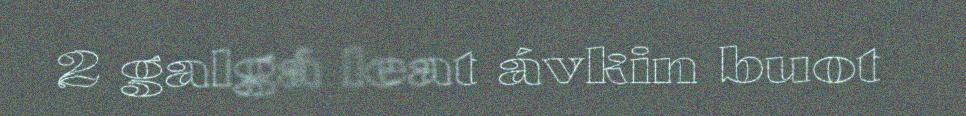
2 galgá leat ávkin buot